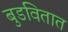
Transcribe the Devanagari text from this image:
बुडवितात